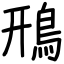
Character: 鳽